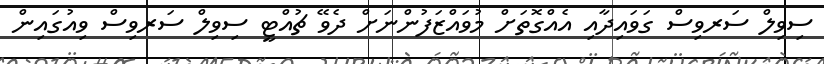
ސިވިލް ސަރވިސް ގަވައިދާއި އެއްގޮތަށް މުވައްޒަފުންނަށް ދެވޭ ޗުއްޓީ ސިވިލް ސަރވިސް ވިއުގައިން